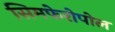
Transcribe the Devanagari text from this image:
सिमफेरोपोल